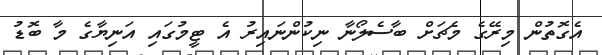
އެގޮތުން މިރޭގެ މެޗަށް ބާސެލޯނާ ނިކުންނައިރު އެ ޓީމުގައި އަނިޔާގެ މާ ބޮޑު